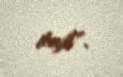
deyil".